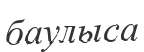
баулыса